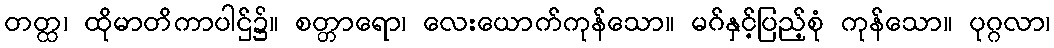
တတ္ထ၊ ထိုမာတိကာပါဌ်၌။ စတ္တာရော၊ လေးယောက်ကုန်သော။ မဂ်နှင့်ပြည့်စုံ ကုန်သော။ ပုဂ္ဂလာ၊